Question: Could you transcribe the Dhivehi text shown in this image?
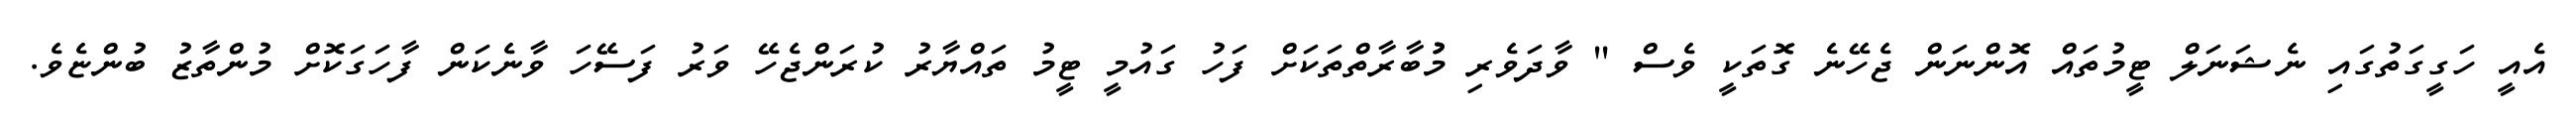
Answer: އެއީ ހަގީގަތުގައި ނެޝަނަލް ޓީމުތައް އޮންނަން ޖެހޭނެ ގޮތަކީ ވެސް " ވާދަވެރި މުުބާރާތްތަކަށް ފަހު ގައުމީ ޓީމު ތައްޔާރު ކުރަންޖެހޭ ވަރު ފަސޭހަ ވާނެކަން ފާހަގަކޮށް މުންތާޒު ބުންޏެވެ.